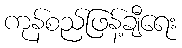
ကုန်စည်ဖြန့်ချီရေး